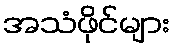
အသံဖိုင်များ